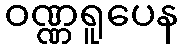
ဝဏ္ဏရူပေန